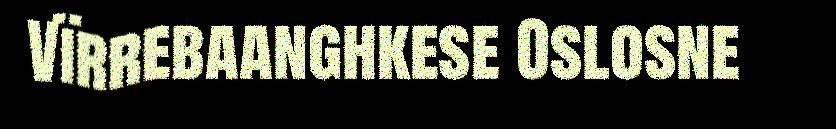
Vïrrebaanghkese Oslosne